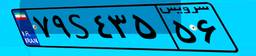
۷۹S۴۳۵۵۶